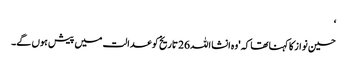
‘
حسین نواز کا کہنا تھا کہ 'وہ انشا اللہ 26 تاریخ کو عدالت میں پیش ہوں گے۔